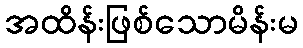
အထိန်းဖြစ်သောမိန်းမ